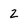
Character: Z